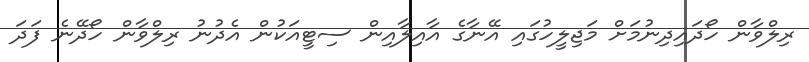
ރިލްވާން ހޯދައިދިނުމަށް މަޖިލީހުގައި އޭނާގެ އާއިލާއިން ސިޓީއަކުން އެދުނު ރިލްވާން ހޯދޭނެ ފަދަ